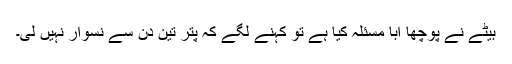
بیٹے نے پوچھا ابا مسئلہ کیا ہے تو کہنے لگے کہ پتر تین دن سے نسوار نہیں لی۔